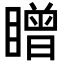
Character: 䁬